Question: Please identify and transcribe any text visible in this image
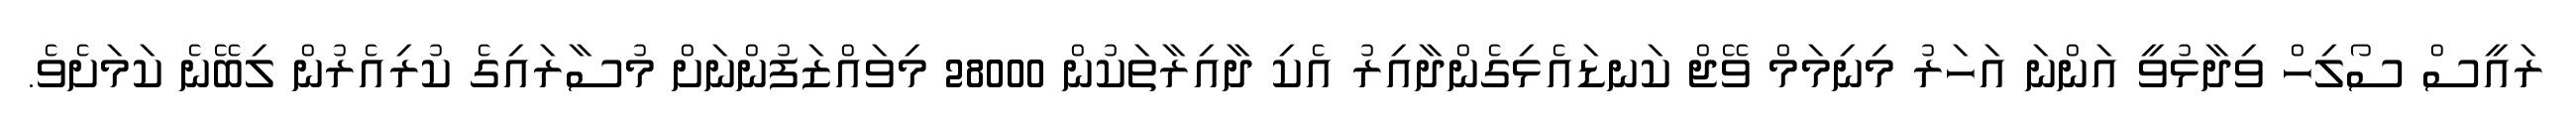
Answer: ރައީސް ސޯލިހް ވިދާޅުވީ އަންނަ އަހަރު މިނިމަމް ވޭޖް ކަނޑައެޅިގެންދާއިރު އެކި ދާއިރާތަކުން 28000 މިވައްޒަފުންނަށް މުސާރައިގެ ކުރިއެރުން ލިބޭނެ ކަމަށެވެ.